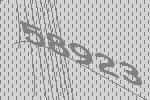
58923